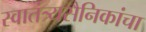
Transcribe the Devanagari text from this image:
स्वातंत्र्यसैनिकांचा